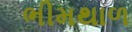
ભીમથાળ